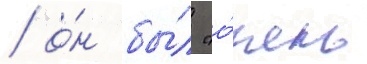
/ о́н бы́л "о́чень